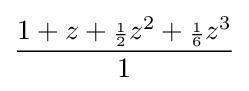
{\frac {1+z+{\scriptstyle {\frac {1}{2}}}z^{2}+{\scriptstyle {\frac {1}{6}}}z^{3}}{1}}